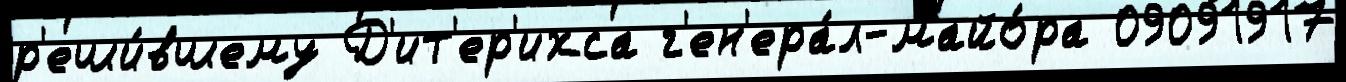
р'еши́вшему Д'ит'ер'ихса г'ен'ера́л-майо́ра 09091917